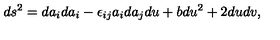
d s ^ { 2 } = d a _ { i } d a _ { i } - \epsilon _ { i j } a _ { i } d a _ { j } d u + b d u ^ { 2 } + 2 d u d v ,